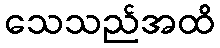
သေသည်အထိ